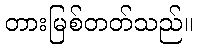
တားမြစ်တတ်သည်။